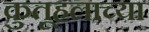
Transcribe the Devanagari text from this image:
कुतूहलाच्या